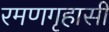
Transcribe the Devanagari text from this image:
रमणगृहासी